Civil Veterinary Dept. Bombay admin report 1932-41 - 1932-1941
Year: 1932
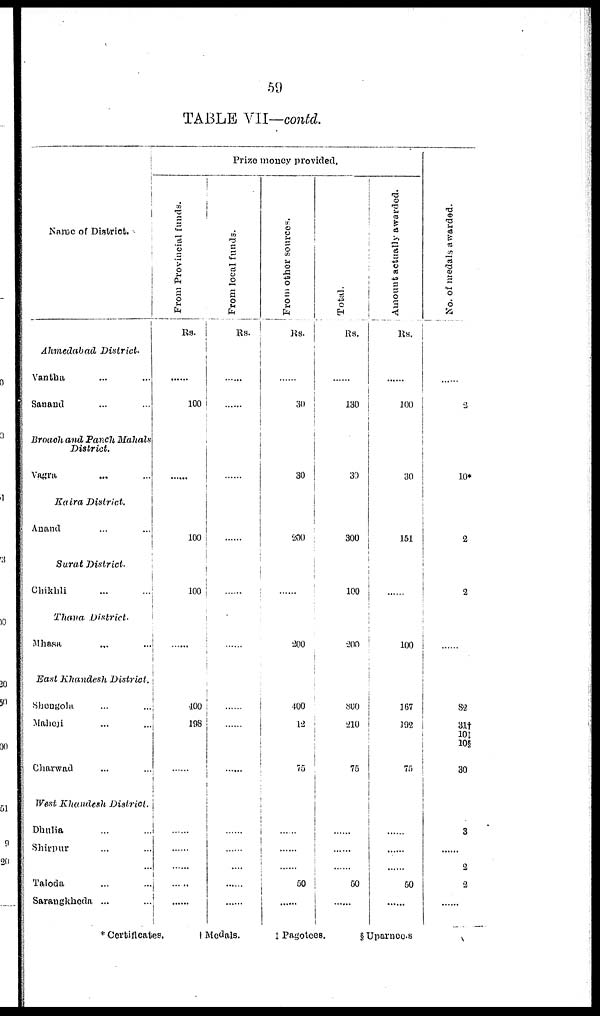
59
TABLE VII—contd.
Name of District.
Ahmedabad
District.
Vantha ... ...
Sanand ... ...
Broach and Panch Mahals
District.
Vagra ... ...
Kaira District.
Anand ... ...
Surat District.
Chikhli ... ...
Thana
District.
Mhasa ... ...
East Khandesh
District.
Shongola ... ...
Maheji ... ...
Charwad ... ...
West Khandesh
District.
Dhulia ... ...
Shirpur ... ...
Taloda ... ...
Sarangkheda ... ...
Prize money provided.
From Provincial funds.
Rs.
......
100
......
......
100
100
......
400
198
......
......
......
......
......
From local funds.
Rs.
......
......
......
......
......
......
......
......
......
......
......
......
......
......
From other sources.
Rs.
......
30
30
......
200
......
200
400
12
75
......
......
......
50
......
Total.
Rs.
......
130
30
......
300
100
200
800
210
75
......
......
......
50
......
Amount
actually awarded.
Rs.
......
100
30
......
151
......
100
167
192
75
......
......
......
50
......
No. of medals awarded.
......
2
10*
......
2
2
......
82
31†
10‡
10§
30
3
......
2
2
......
* Certificates.
†
Medals.
‡
Pagotees.
§ Uparnoo.s